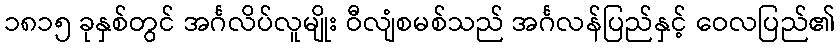
၁၈၁၅ ခုနှစ်တွင် အင်္ဂလိပ်လူမျိုး ဝီလျံစမစ်သည် အင်္ဂလန်ပြည်နှင့် ဝေလပြည်၏